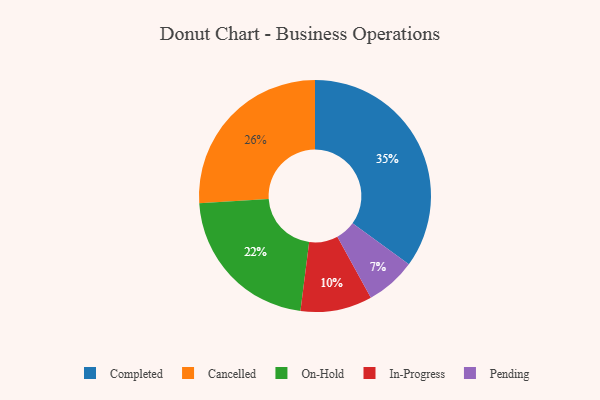
{"axis": {"x": "Category", "y": "Percentage"}, "legend": ["Cancelled", "Completed", "In-Progress", "On-Hold", "Pending"], "data": [{"x": "On-Hold", "y": 22, "type": "On-Hold"}, {"x": "In-Progress", "y": 10, "type": "In-Progress"}, {"x": "Cancelled", "y": 26, "type": "Cancelled"}, {"x": "Pending", "y": 7, "type": "Pending"}, {"x": "Completed", "y": 35, "type": "Completed"}]}